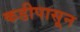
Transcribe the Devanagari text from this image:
कडीपासून